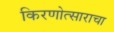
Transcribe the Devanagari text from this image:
किरणोत्साराचा